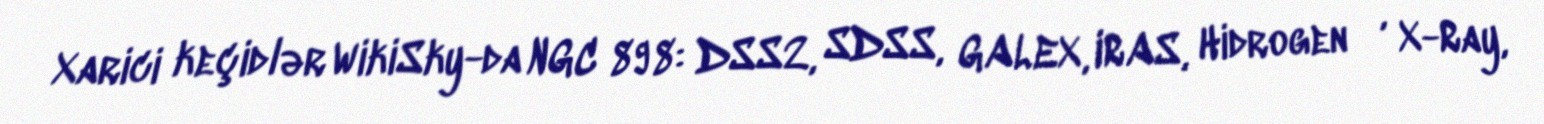
Xarici keçidlər WikiSky-da NGC 898: DSS2, SDSS, GALEX, IRAS, Hidrogen α, X-Ray,